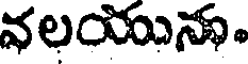
వలయును.